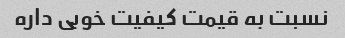
نسبت به قیمت کیفیت خوبی داره